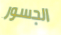
الجسور